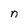
Character: n